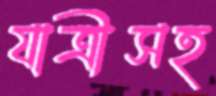
যাত্রীসহ